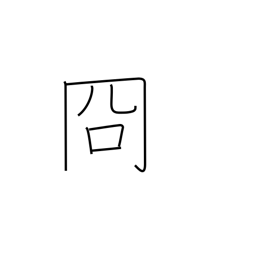
Meaning: clear